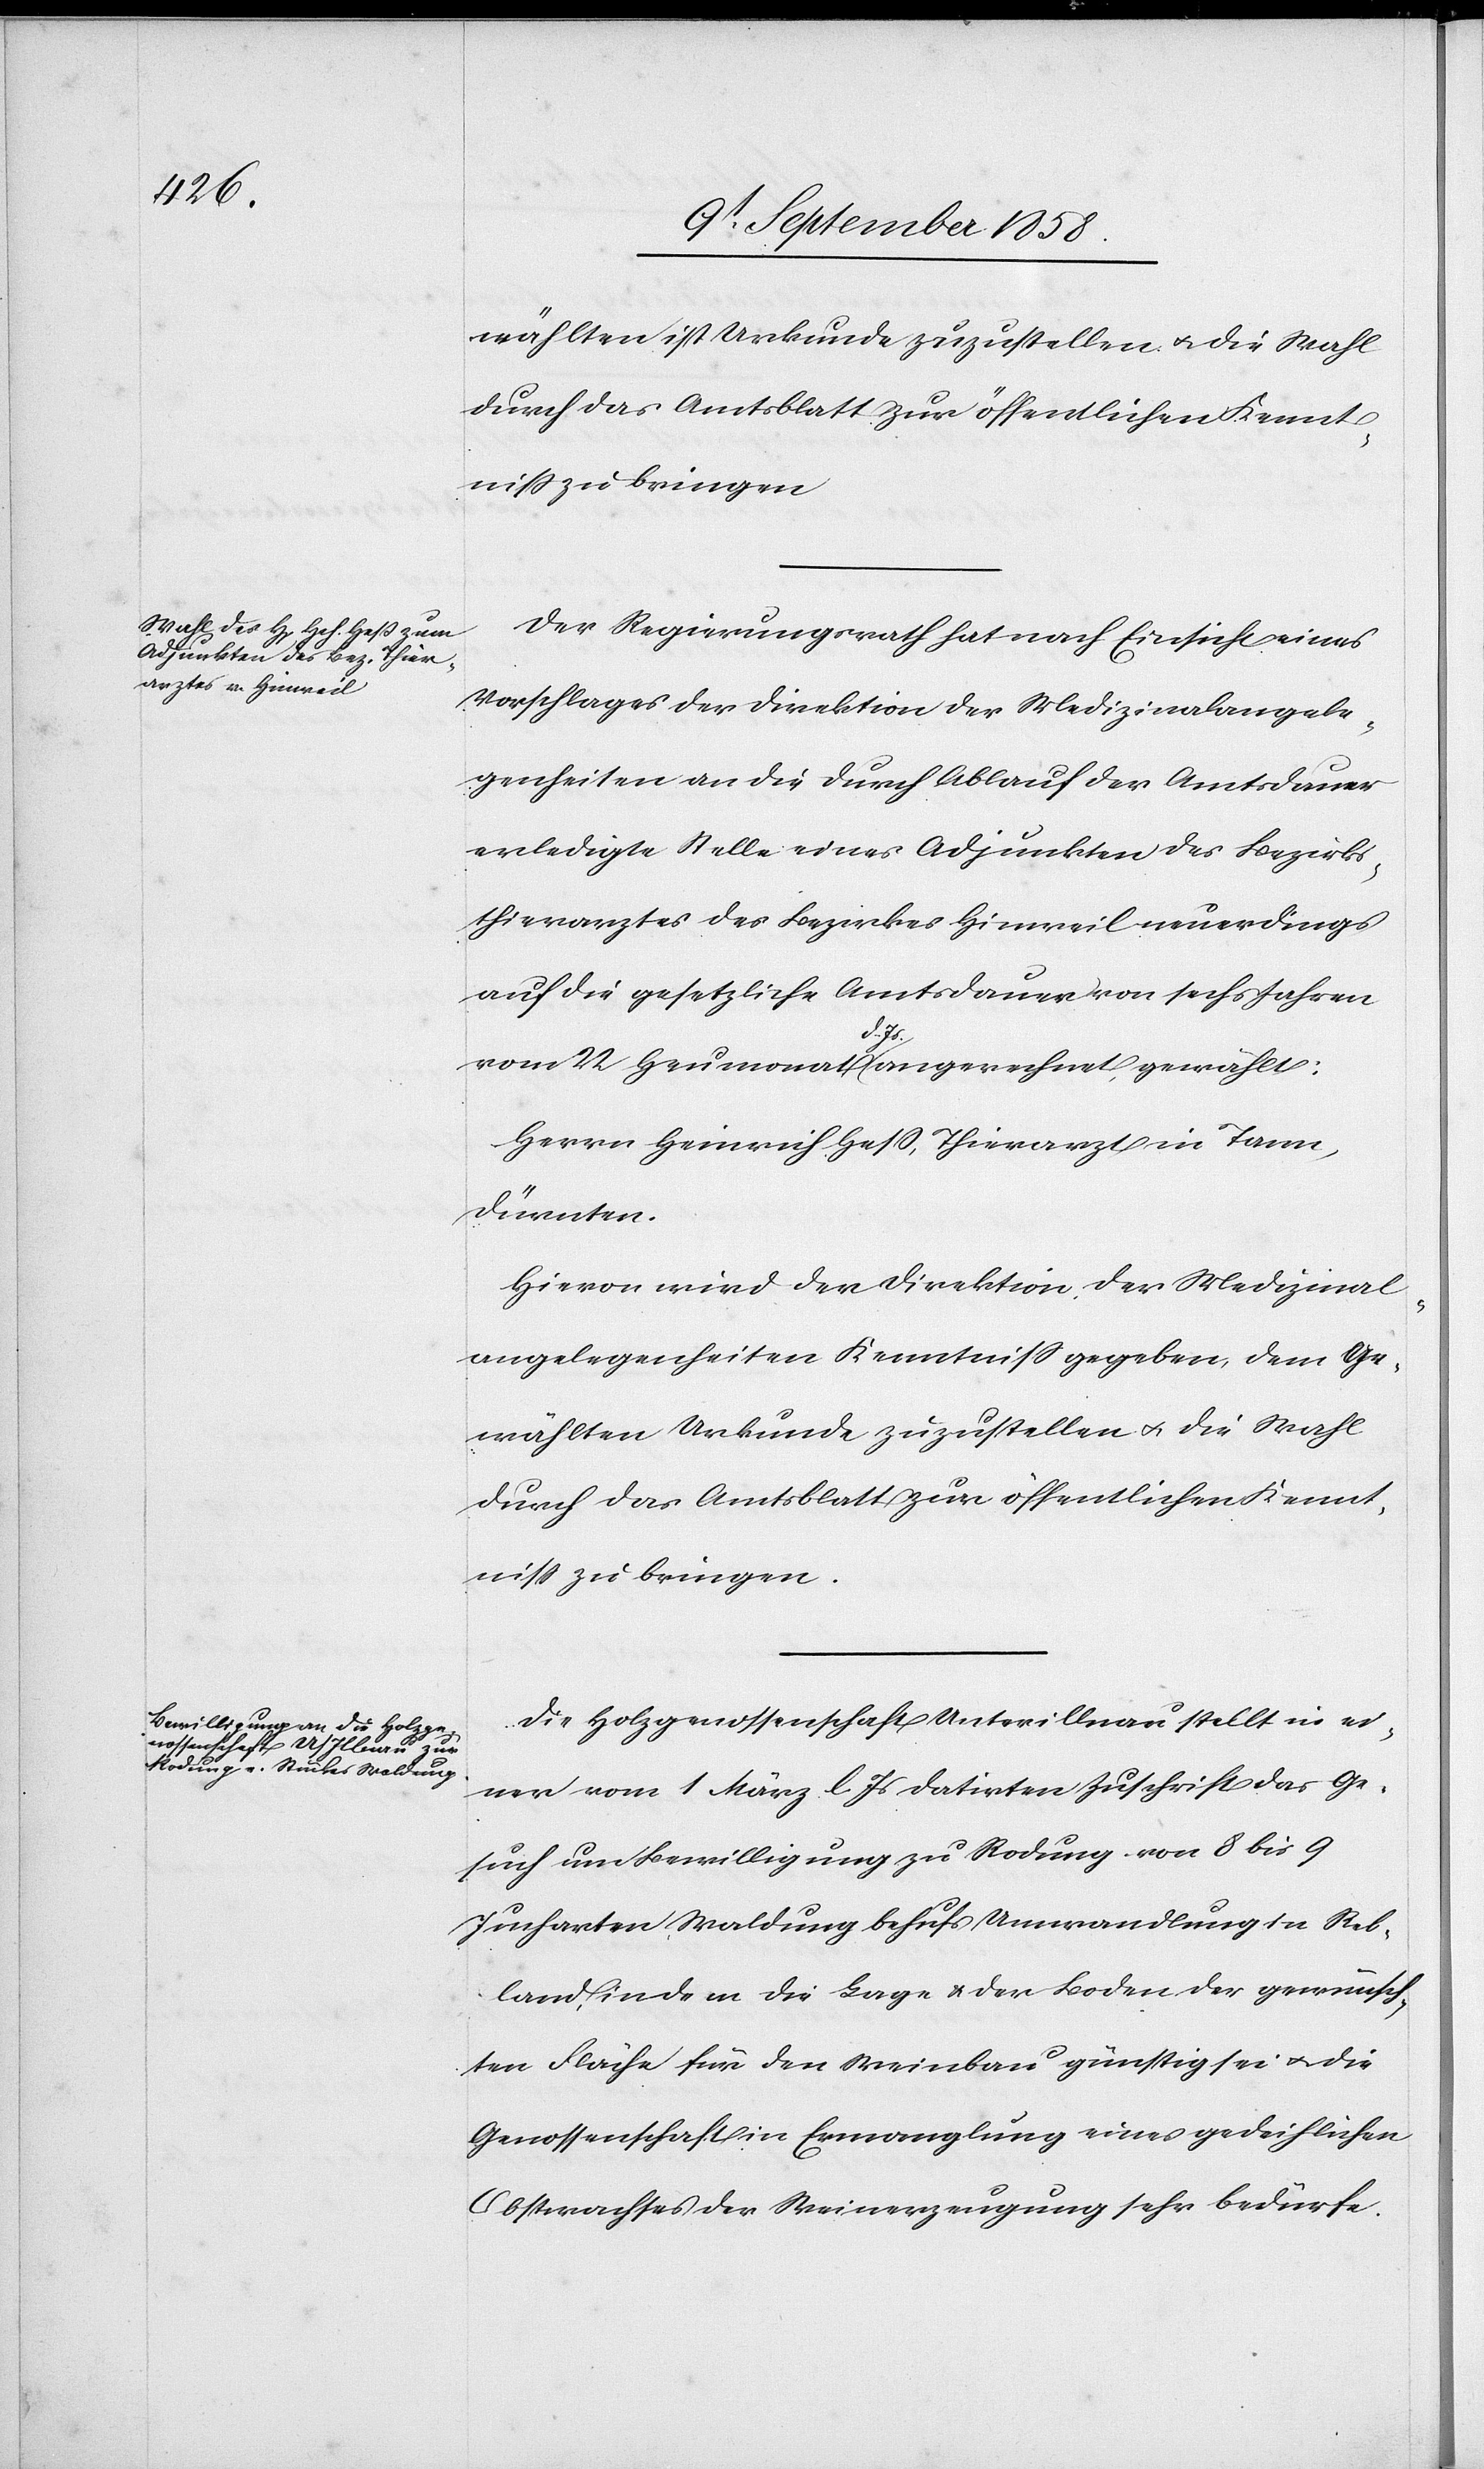
wählten [ist] Urkunde zuzustellen & die Wahl
durch das Amtsblatt zur öffentlichen Kennt¬
Der Regierungsrath hat nach Einsicht eines
Vorschlages der Direktion der Medizinalangele¬
genheiten an die durch Ablauf der Amtsdauer
erledigte Stelle eines Adjunkten des Bezirks¬
thierarztes des Bezirkes Hinweil neuerdings
auf die gesetzliche Amtsdauer von sechs Jahren
vom 22 Heumonat d. Js angerechnet, gewählt:
Herrn Heinrich Hess, Thierarzt in Tann,
Dürnten.
Hievon wird der Direktion der Medizinal¬
angelegenheiten Kenntniss gegeben, dem Ge¬
niss zu bringen.
Die Holzgenossenschaft Unterillnau stellt in ei¬
ner vom 1 März l. Js datirten Zuschrift das Ge¬
such um Bewilligung zu Rodung von 8 bis 9
Jucharten Waldung behufs Umwandlung in Reb¬
land, indem die Lage & der Boden der gewünsch¬
ten Fläche für den Weinbau günstig sei & die
Genossenschaft in Ermanglung eines gedeihlichen
Obstwachses der Weinerzeugung sehr bedürfe.